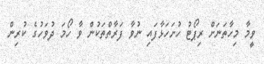
ވީމާ މިހާތަނަށް ރިޕޯޓު ހުށަހަޅާފައި ނުވާ ފަރާތްތަކުން ވާ ހޯމަ ދުވަހުގެ ކުރިން